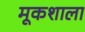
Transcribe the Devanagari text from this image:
मूकशाला